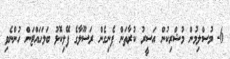
6- މުސްލިމުން މުޝްރިކުން އަސީރު ކުރާތަން ފެނިގެން ރަސޫލާގެ ފޭލިކޮޅު ބަލަހައްޓަން ހުންނެވި